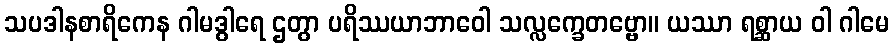
သပဒါနစာရိကေန ဂါမဒွါရေ ဌတွာ ပရိဿယာဘာဝေါ သလ္လက္ခေတဗ္ဗော။ ယဿာ ရစ္ဆာယ ဝါ ဂါမေ